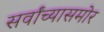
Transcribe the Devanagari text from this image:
सर्वांच्यासमोर